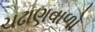
ચઢાણવાળો